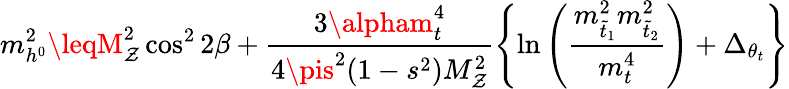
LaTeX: m_{h^{0}}^{2}\leqM_{\mathcal{Z}}^{2}\cos^{2}2\beta+\frac{{3\alpham_{t}^{4}}}{{4\pis^{2}(1-s^{2})M_{\mathcal{Z}}^{2}}}\left\{ \ln\left(\frac{{m_{\tilde{{t}}_{1}}^{2}m_{\tilde{{t}}_{2}}^{2}}}{{m_{t}^{4}}}\right)+\Delta_{\theta_{t}}\right\}